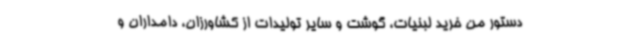
دستور من خرید لبنیات، گوشت و سایر تولیدات از کشاورزان، دامداران و